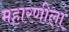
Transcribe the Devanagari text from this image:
महारणीला